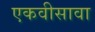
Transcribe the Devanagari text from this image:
एकवीसावा